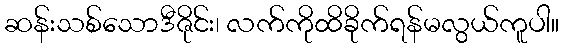
ဆန်းသစ်သောဒီဇိုင်း၊ လက်ကိုထိခိုက်ရန်မလွယ်ကူပါ။